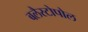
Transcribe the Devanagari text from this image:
बलैस्टोपोल